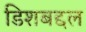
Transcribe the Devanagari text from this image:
डिशबद्दल